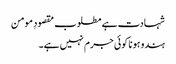
شہادت ہے مطلوب مقصودِ مومن
ہندو ہونا کوئی جرم نہیں ہے۔